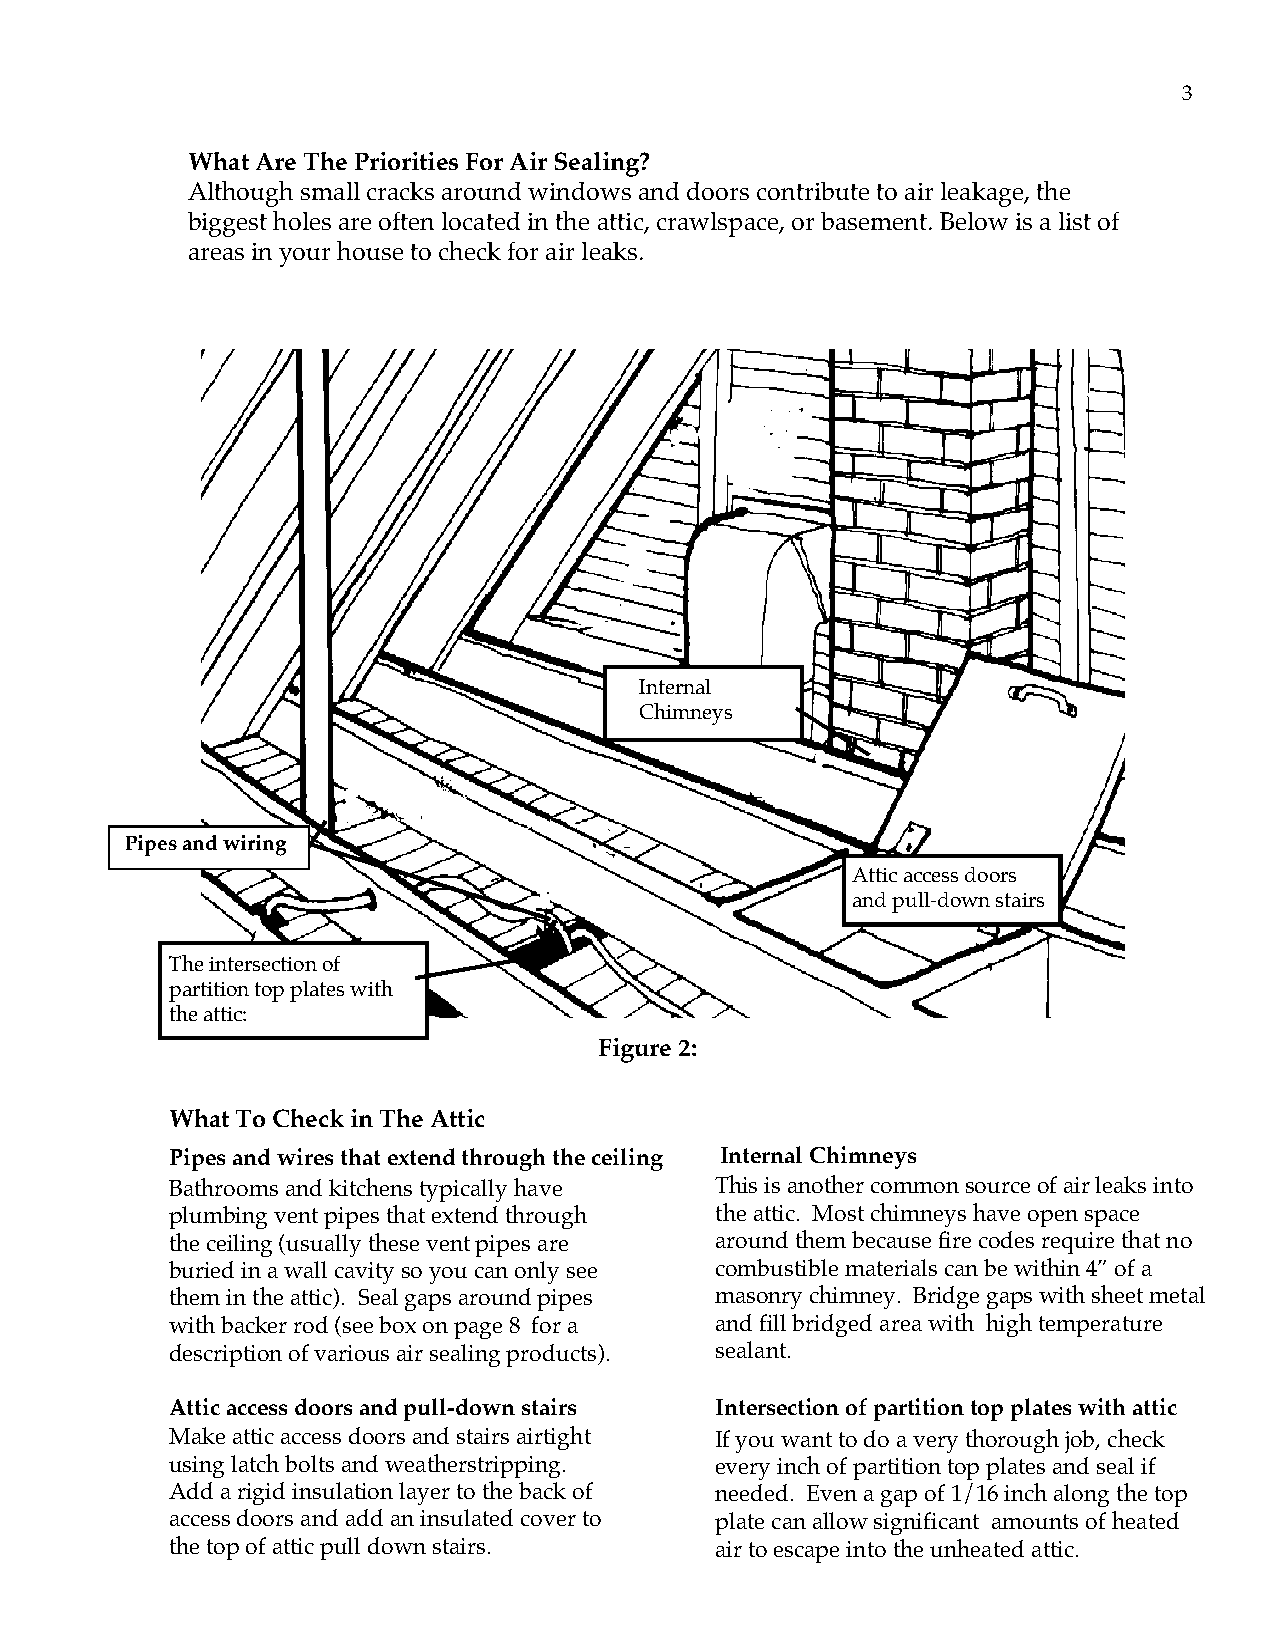
3
 What Are The Priorities For Air Sealing?
 Although small cracks around windows and doors contribute to air leakage, the
 biggest holes are often located in the attic, crawlspace, or basement. Below is a list of
 areas in your house to check for air leaks.
 Internal
 Chimneys
 Pipes and wiring
 Attic access doors
 and pull-down stairs
 The intersection of
 partition top plates with
 the attic:
 Figure 2:
 What To Check in The Attic
 Pipes and wires that extend through the ceiling Internal Chimneys
 Bathrooms and kitchens typically have This is another common source of air leaks into
 plumbing vent pipes that extend through the attic. Most chimneys have open space
 the ceiling (usually these vent pipes are around them because fire codes require that no
 buried in a wall cavity so you can only see combustible materials can be within 4” of a
 them in the attic). Seal gaps around pipes masonry chimney. Bridge gaps with sheet metal
 with backer rod (see box on page 8 for a and fill bridged area with high temperature
 description of various air sealing products). sealant.
 Attic access doors and pull-down stairs Intersection of partition top plates with attic
 Make attic access doors and stairs airtight If you want to do a very thorough job, check
 using latch bolts and weatherstripping. every inch of partition top plates and seal if
 Add a rigid insulation layer to the back of needed. Even a gap of 1/16 inch along the top
 access doors and add an insulated cover to plate can allow significant amounts of heated
 the top of attic pull down stairs.  air to escape into the unheated attic.